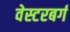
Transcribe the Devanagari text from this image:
वेस्टरबर्ग